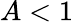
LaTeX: A<1